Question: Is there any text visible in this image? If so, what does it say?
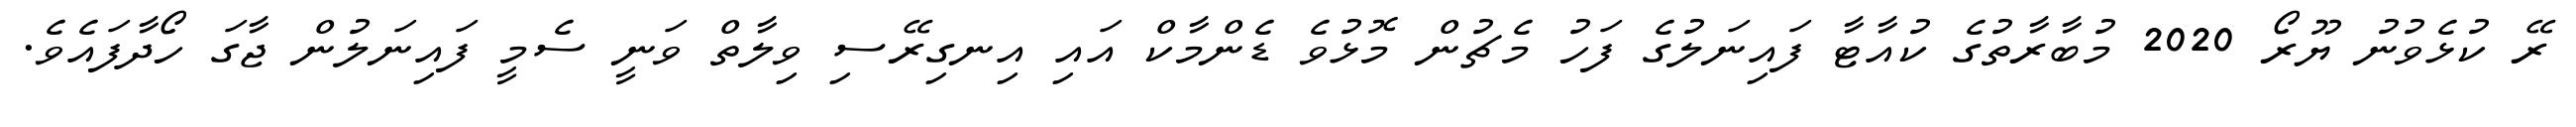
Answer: ރޭ ކުޅެވުނު ޔޫރޯ 2020 މުބާރާތުގެ ކުއާޓާ ފައިނަލުގެ ފަހު މެޗުން މޮޅުވެ ޑެންމާކް އައި އިނގިރޭސި ވިލާތް ވަނީ ސެމީ ފައިނަލުން ޖާގަ ހޯދާފައެވެ.